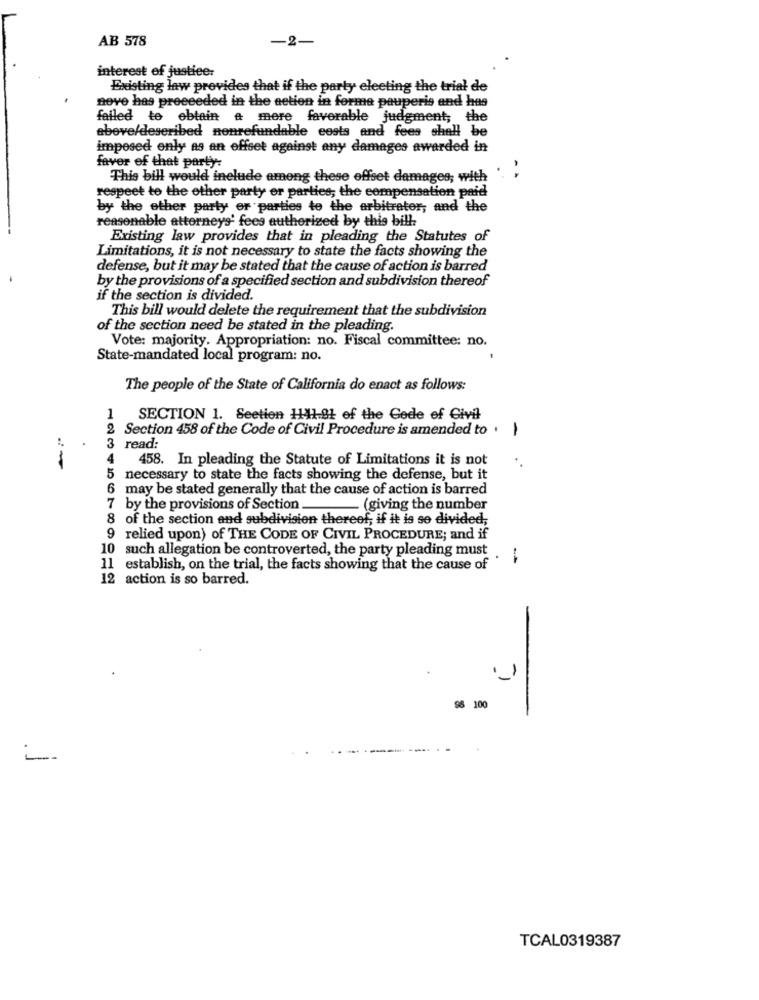
AB 578
-2-
interest of justice.
Existing law provides that if the party electing the trial de
nove has proceeded in the action in forme pauperis and has
failed to obtain a more favorable judgment; the
above/described nonrefundable costs and fees shall be
imposed only as an offset against any damages awarded in
favor of that party:
This bill would include among these offset damages; with
- -
respect to the other party or parties; the compensation paid
by the other party or parties to the arbitrator, and the
reasonable attorneys' fees authorized by this bill
Existing law provides that in pleading the Statutes of
Limitations, it is not necessary to state the facts showing the
defense, but it may be stated that the cause of action is barred
by the provisions of a specified section and subdivision thereof
if the section is divided.
This bill would delete the requirement that the subdivision
of the section need be stated in the pleading
Vote: majority. Appropriation: no. Fiscal committee: no.
State-mandated local program: no.
The people of the State of California do enact as follows:
1
SECTION 1. Seetien 1141.91 of the Code of Civil
Section 458 of the Code of Civil Procedure is amended to .
3 read:
4
458. In pleading the Statute of Limitations it is not
necessary to state the facts showing the defense, but it
6 may be stated generally that the cause of action is barred
7 by the provisions of Section
. (giving the number
8 of the section and subdivision thereof; if it is so divided;
9 relied upon) of THE CODE OF CIVIL PROCEDURE; and if
10 such allegation be controverted, the party pleading must . ;
11 establish, on the trial, the facts showing that the cause of
12 action is so barred.
96 100
TCAL0319387